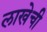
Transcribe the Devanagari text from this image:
लाखेची